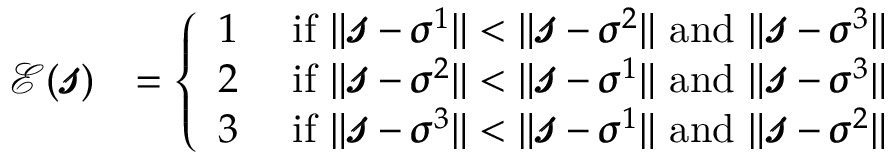
\begin{array} { r l } { \mathcal { E } ( \pmb { \mathscr { s } } ) } & { = \left\{ \begin{array} { l l } { 1 } & { \mathrm { ~ i f ~ } \| \pmb { \mathscr { s } } - \pmb { \sigma } ^ { 1 } \| < \| \pmb { \mathscr { s } } - \pmb { \sigma } ^ { 2 } \| \mathrm { ~ a n d ~ } \| \pmb { \mathscr { s } } - \pmb { \sigma } ^ { 3 } \| } \\ { 2 } & { \mathrm { ~ i f ~ } \| \pmb { \mathscr { s } } - \pmb { \sigma } ^ { 2 } \| < \| \pmb { \mathscr { s } } - \pmb { \sigma } ^ { 1 } \| \mathrm { ~ a n d ~ } \| \pmb { \mathscr { s } } - \pmb { \sigma } ^ { 3 } \| } \\ { 3 } & { \mathrm { ~ i f ~ } \| \pmb { \mathscr { s } } - \pmb { \sigma } ^ { 3 } \| < \| \pmb { \mathscr { s } } - \pmb { \sigma } ^ { 1 } \| \mathrm { ~ a n d ~ } \| \pmb { \mathscr { s } } - \pmb { \sigma } ^ { 2 } \| } \end{array} \right. } \end{array}